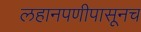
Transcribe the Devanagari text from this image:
लहानपणीपासूनच